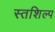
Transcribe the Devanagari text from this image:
स्‍तशिल्प